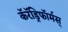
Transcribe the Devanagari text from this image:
कॅरॅड्रिफॉर्मस्